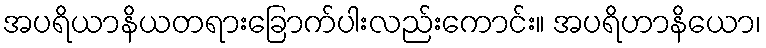
အပရိယာနိယတရားခြောက်ပါးလည်းကောင်း။ အပရိဟာနိယော၊